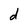
Character: d